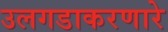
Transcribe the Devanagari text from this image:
उलगडाकरणारे